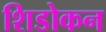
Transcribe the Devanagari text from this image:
शिडोकन